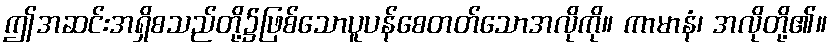
ဤအဆင်းအရှိစသည်တို့၌ဖြစ်သောပူပန်စေတတ်သောအလိုကို။ ကာမာနံ၊ အလိုတို့၏။